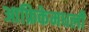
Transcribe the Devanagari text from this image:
आफ्रिकेमधली